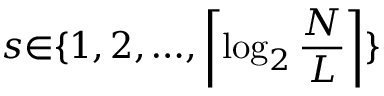
s { \in } \{ 1 , 2 , { \ldots } , \left\lceil \log _ { 2 } \frac { N } { L } \right\rceil \}